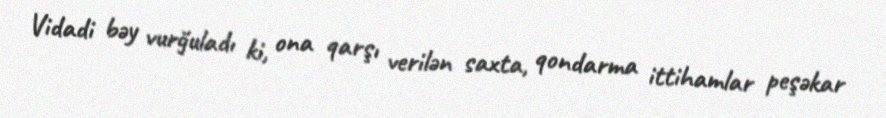
Vidadi bəy vurğuladı ki, ona qarşı verilən saxta, qondarma ittihamlar peşəkar